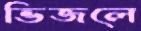
ভিজলে